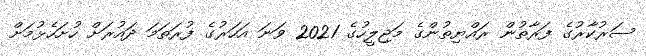
ސަރުކާރުގެ ފަރާތުން ރައްޔިތުންގެ މަޖިލީހުގެ 2021 ވަނަ އަހަރުގެ ފުރަތަމަ ދައުރަށް ހުށަހެޅުމަށް